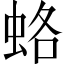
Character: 蛒